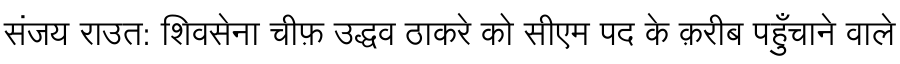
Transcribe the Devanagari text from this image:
संजय राउत: शिवसेना चीफ़ उद्धव ठाकरे को सीएम पद के क़रीब पहुँचाने वाले